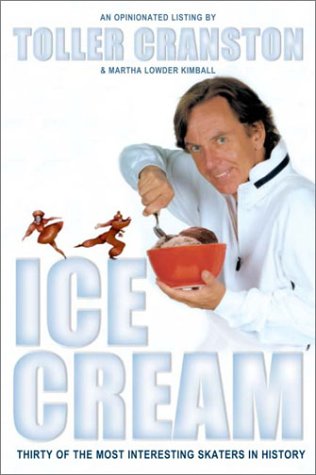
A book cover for Ice Cream: Thirty of the Most Interesting Skaters in History; Toller Cranston; Sports & Outdoors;